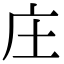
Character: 庄